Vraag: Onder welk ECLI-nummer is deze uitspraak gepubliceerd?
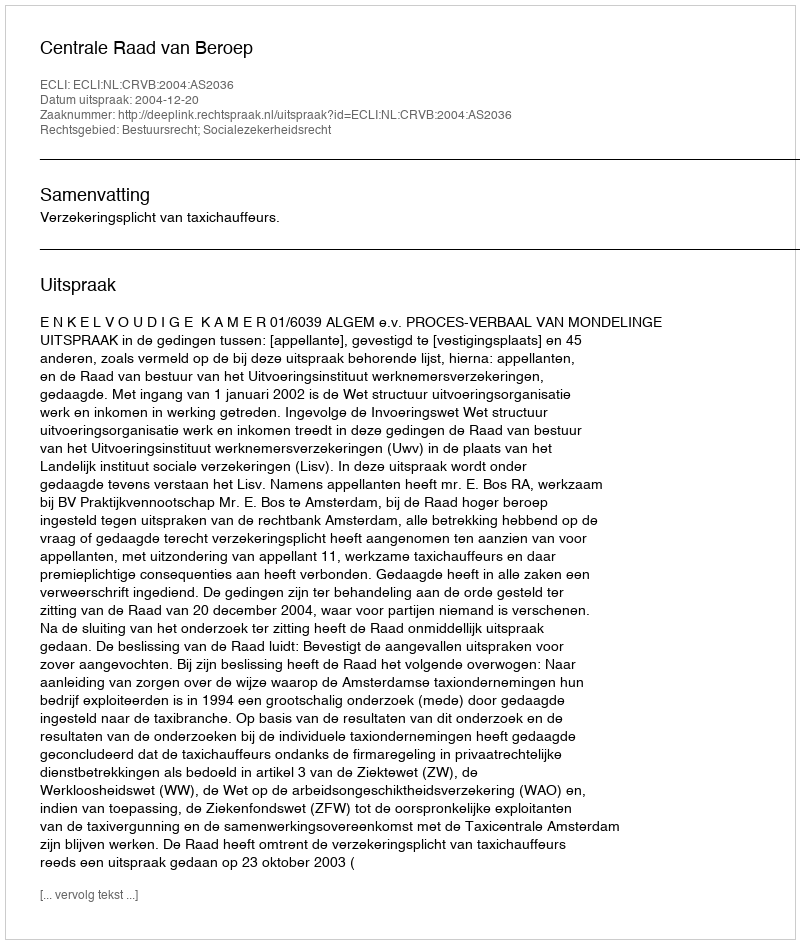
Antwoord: ECLI:NL:CRVB:2004:AS2036